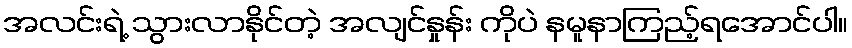
အလင်းရဲ့ သွားလာနိုင်တဲ့ အလျင်နှုန်း ကိုပဲ နမူနာကြည့်ရအောင်ပါ။